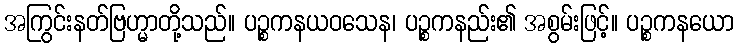
အကြွင်းနတ်ဗြဟ္မာတို့သည်။ ပဉ္စကနယဝသေန၊ ပဉ္စကနည်း၏ အစွမ်းဖြင့်။ ပဉ္စကနယော